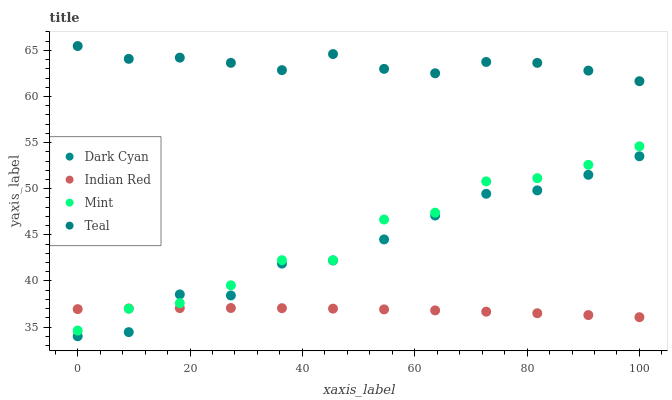
| xaxis_label | Dark Cyan | Indian Red | Mint | Teal |
 | --- | --- | --- | --- | --- |
 | 0 | 34 | 36.9 | 34.6 | 65.5 |
 | 9.09 | 34.4 | 37 | 37 | 64.1 |
 | 18.2 | 38.5 | 37.1 | 37.6 | 64.2 |
 | 27.3 | 38.4 | 37.1 | 39.5 | 63.6 |
 | 36.4 | 41.9 | 37 | 42.2 | 62.9 |
 | 45.5 | 42.2 | 37 | 42.2 | 64.6 |
 | 54.5 | 44.5 | 36.9 | 46.7 | 63 |
 | 63.6 | 47.1 | 36.8 | 47.4 | 62.5 |
 | 72.7 | 49.4 | 36.7 | 50.8 | 63.7 |
 | 81.8 | 49.8 | 36.5 | 51.1 | 63.6 |
 | 90.9 | 51.5 | 36.3 | 52.6 | 62.8 |
 | 100 | 53.5 | 36.1 | 54.6 | 61.7 |